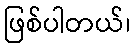
ဖြစ်ပါတယ်၊